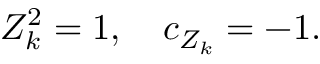
Z _ { k } ^ { 2 } = 1 , \quad c _ { Z _ { k } } = - 1 .